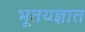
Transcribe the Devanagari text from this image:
भूतयज्ञात